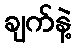
ချက်နဲ့